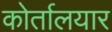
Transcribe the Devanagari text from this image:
कोर्तालयार